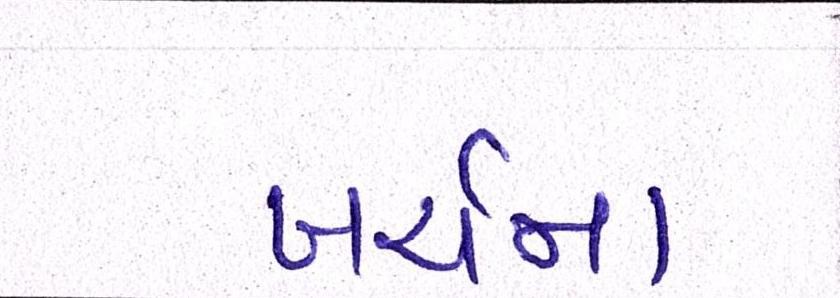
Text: ખર્ચમાં